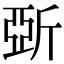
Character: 𣂪